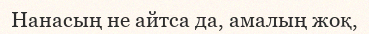
Нанасың не айтса да, амалың жоқ,